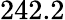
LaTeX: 242.2